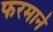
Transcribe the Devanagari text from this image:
फरमाने